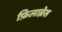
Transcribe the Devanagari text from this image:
फ़िलाब्रेस